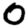
Digit: 0